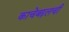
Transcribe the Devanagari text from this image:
काचेबद्दलची